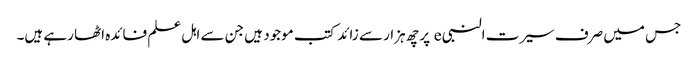
جس میں صرف سیرت النبی e پر چھ ہزار سے زائد کتب موجود ہیں جن سے اہل علم فائدہ اٹھا رہے ہیں۔